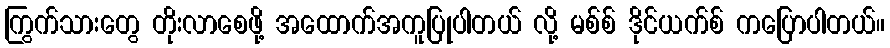
ကြွက်သားတွေ တိုးလာစေဖို့ အထောက်အကူပြုပါတယ် လို့ မစ်စ် ဒိုင်ယက်စ် ကပြောပါတယ်။